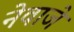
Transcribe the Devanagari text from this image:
नेवाजे